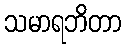
သမာရဘိတာ